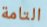
التامة